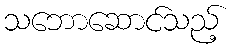
သဘောဆောင်သည့်